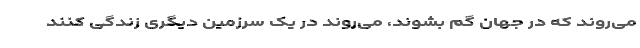
می‌روند که در جهان گم بشوند، می‌روند در یک سرزمین دیگری زندگی کنند